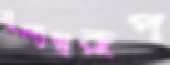
মূল্যস্বরূপ